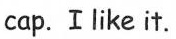
cap.Ilike it.